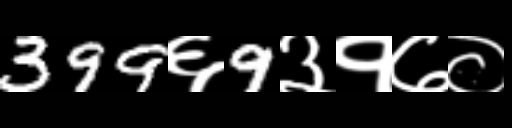
Text: 399६9३१७०